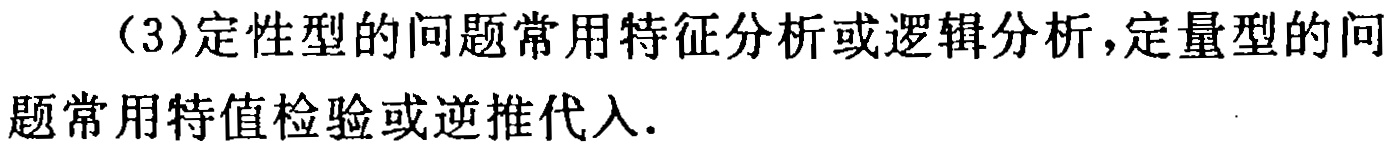
（3）定性型的问题常用特征分析或逻辑分析，定量型的问题常用特值检验或逆推代入.